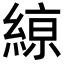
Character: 𦂠